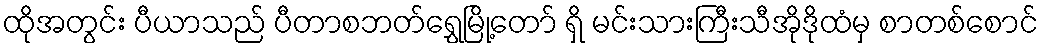
ထိုအတွင်း ပီယာသည် ပီတာစဘတ်ရွှေမြို့တော် ရှိ မင်းသားကြီးသီအိုဒိုထံမှ စာတစ်စောင်